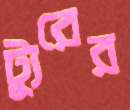
ট্যুরের